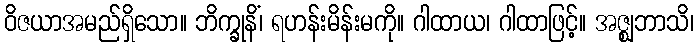
ဝိဇယာအမည်ရှိသော။ ဘိက္ခုနိံ၊ ရဟန်းမိန်းမကို။ ဂါထာယ၊ ဂါထာဖြင့်။ အဇ္ဈဘာသိ၊